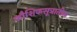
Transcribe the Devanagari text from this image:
कौशिकसूत्रातील